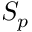
S _ { p }